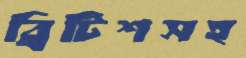
ব্রিটিশসহ